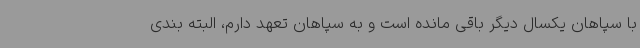
با سپاهان یکسال دیگر باقی مانده است و به سپاهان تعهد دارم، البته بندی